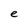
Character: e